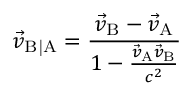
{ \vec { v } } _ { \mathrm { B | A } } = { \frac { { \vec { v } } _ { \mathrm { B } } - { \vec { v } } _ { \mathrm { A } } } { 1 - { \frac { { \vec { v } } _ { \mathrm { A } } { \vec { v } } _ { \mathrm { B } } } { c ^ { 2 } } } } }